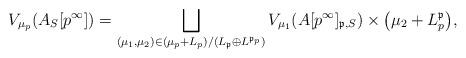
LaTeX: \begin{align*}V_{\mu_p}(A_S[p^\infty])=\bigsqcup_{(\mu_1,\mu_2)\in (\mu_p+ L_p)/(L_{\mathfrak{p}}\oplus L^{\mathfrak{p}_p})} V_{\mu_1}(A[p^\infty]_{\mathfrak{p},S}) \times\bigl({\mu_2}+ L^{\mathfrak{p}}_p\bigr),\end{align*}